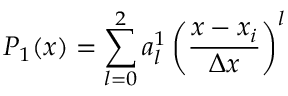
P _ { 1 } ( x ) = \sum _ { l = 0 } ^ { 2 } a _ { l } ^ { 1 } \left( \frac { x - x _ { i } } { \Delta x } \right) ^ { l }